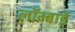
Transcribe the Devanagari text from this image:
लॉम्बार्ड